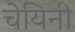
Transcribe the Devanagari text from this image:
चेयिनी